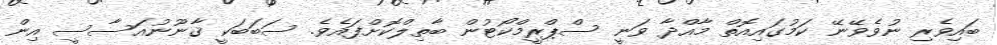
ބައިވެރި ނުވެވޭނޭ ކަމުގައިއޮތް މާއްދާ ވަނީ ސްޕްރީމްކޯޓުން ބާތިލްކޮށްފައެވެ. ސަބަބަކީ ޤާނޫނުއަސާސީ އިން